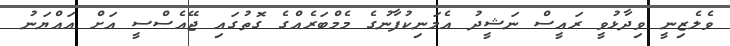
ވެލެޒިނީ ވިދާޅުވީ ރައީސް ނަޝީދު އެމަނިކުފާނުގެ މެމްބަރެއްގެ ގޮތުގައި ޖޭއެސްސީ އަށް އައްޔަނު